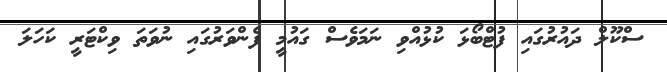
ސްކޫލް ދައުރުގައި ފުޓްބޯޅަ ކުޅުއްވި ނަމަވެސް ގައުމީ ފެންވަރުގައި ނުވަތަ ވިކްޓަރީ ކަހަލަ